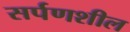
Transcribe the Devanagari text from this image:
सर्पणशील